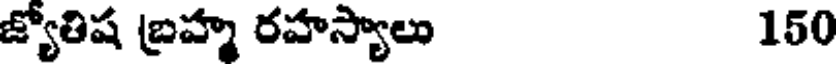
జ్యోతిష బ్రహ్మ రహస్యాలు 150